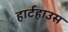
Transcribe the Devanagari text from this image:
हार्टहाउस